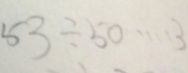
5 3 \div 5 0 \cdots 3